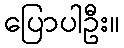
ပြောပါဦး။